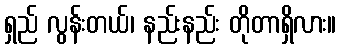
ရှည် လွန်းတယ်၊ နည်းနည်း တိုတာရှိလား။